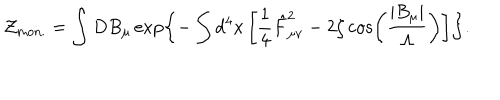
LaTeX: { \cal Z } _ { \mathrm { m o n . } } = \int D B _ { \mu } \exp \left\{ - \int d ^ { 4 } x \left[ \frac 1 4 \hat { F } _ { \mu \nu } ^ { 2 } - 2 \zeta \cos \left( \frac { \left| B _ { \mu } \right| } { \Lambda } \right) \right] \right\} .